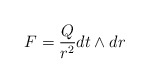
\begin{align*}F = \frac{Q}{r^2} dt \wedge dr\end{align*}